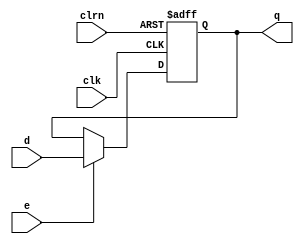
`timescale 1ns / 1ps
//////////////////////////////////////////////////////////////////////////////////
// Company: 
// Engineer: 
// 
// Design Name: 
// Module Name:    vpc 
// Project Name: 
// Target Devices: 
// Tool versions: 
// Description: 
//
// Dependencies: 
//
// Revision: 
// Revision 0.01 - File Created
// Additional Comments: 
//
//////////////////////////////////////////////////////////////////////////////////
module vpc (d,clk,clrn,e,q); // virtual program counter
input [31:0] d; // input d
input e; // e: enable
input clk, clrn; // clock and reset
output reg [31:0] q; // output q
always @(negedge clrn or posedge clk)
if (!clrn) // if reset
q <= 32'h8000_0000; // kseg0 starting address
else if (e) q <= d; // save d if enabled
endmodule